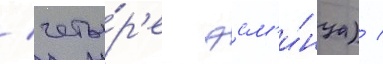
/ четы́р'е эсм'и́нца) /